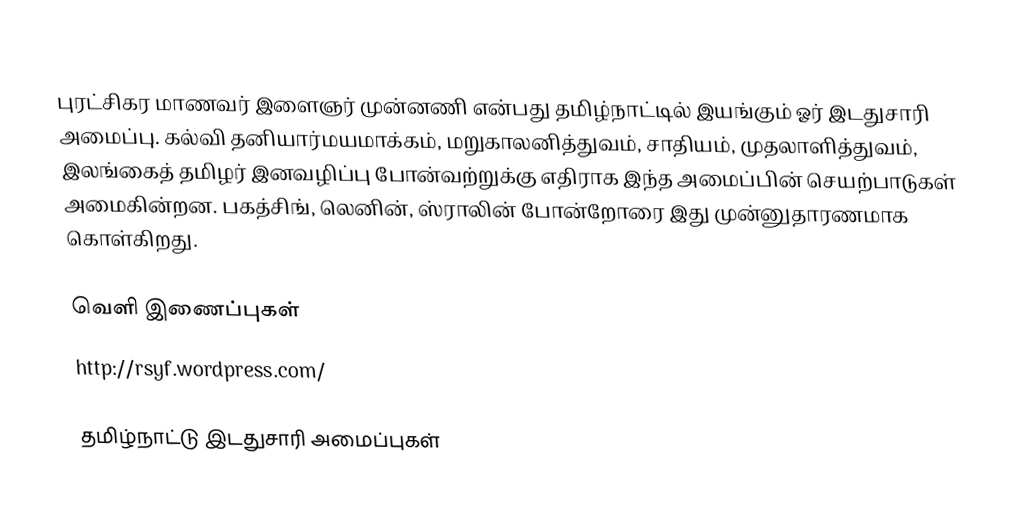
புரட்சிகர மாணவர் இளைஞர் முன்னணி என்பது தமிழ்நாட்டில் இயங்கும் ஓர் இடதுசாரி அமைப்பு.  கல்வி தனியார்மயமாக்கம், மறுகாலனித்துவம், சாதியம், முதலாளித்துவம், இலங்கைத் தமிழர் இனவழிப்பு போன்வற்றுக்கு எதிராக இந்த அமைப்பின் செயற்பாடுகள் அமைகின்றன.  பகத்சிங், லெனின், ஸ்ராலின் போன்றோரை இது முன்னுதாரணமாக கொள்கிறது.

வெளி இணைப்புகள்
 http://rsyf.wordpress.com/

தமிழ்நாட்டு இடதுசாரி அமைப்புகள்